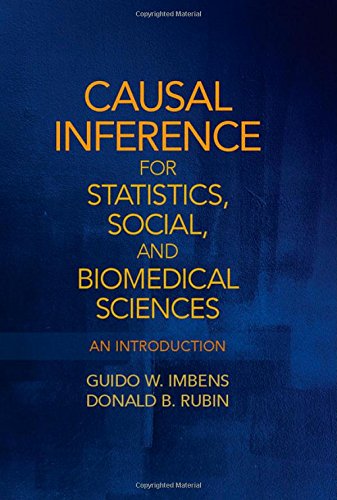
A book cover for Causal Inference for Statistics, Social, and Biomedical Sciences: An Introduction; Guido W. Imbens; Medical Books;